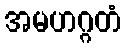
အမဟဂ္ဂတံ